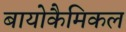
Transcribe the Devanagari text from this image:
बायोकैमिकल